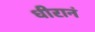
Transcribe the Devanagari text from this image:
धीरानं